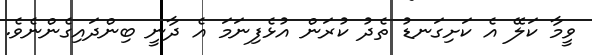
ވީމާ ކަލޭ އެ ކަށިގަނޑު ތެދު ކުރަން އުޅެފިނަމަ އެ ދާނީ ބިންދައިގެންނެވެ.